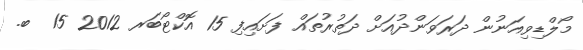
މޯލްޑިވިއަނުން ދަރަވަންދުއަށް ދަތުރުތައް ފަށައިފި 15 އޮކްޓޯބަރ 2012 15  ބ.